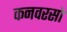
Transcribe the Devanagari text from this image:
कनवरसो